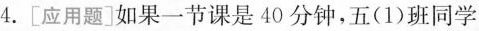
4.[应用题]如果一节课是40分钟，五(1)班同学